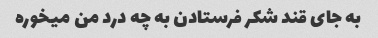
به جای قند شکر فرستادن به چه درد من میخوره